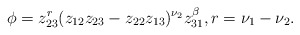
\begin{align*}\phi=z_{23}^r (z_{12}z_{23}-z_{22}z_{13})^{\nu_2} z_{31}^{\beta},r=\nu_1-\nu_2.\end{align*}